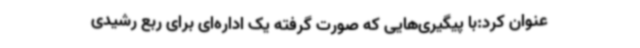
عنوان کرد:با پیگیری‌هایی که صورت گرفته یک اداره‌ای برای ربع رشیدی